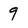
Character: 9